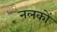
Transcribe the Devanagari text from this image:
नलकों